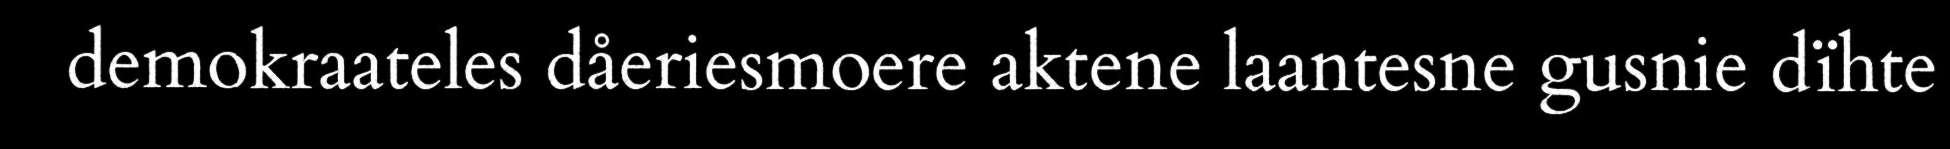
demokraateles dåeriesmoere aktene laantesne gusnie dïhte